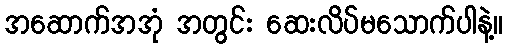
အဆောက်အအုံ အတွင်း ဆေးလိပ်မသောက်ပါနဲ့။